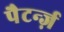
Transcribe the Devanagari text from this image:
पैटर्न्ज़